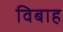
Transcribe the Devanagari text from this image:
विबाह